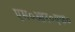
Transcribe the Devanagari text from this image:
एम०आर०एफ०